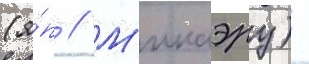
(я́п // М'икаэру) -